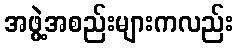
အဖွဲ့အစည်းများကလည်း